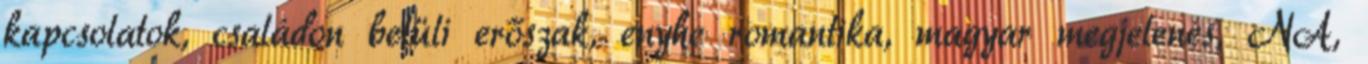
kapcsolatok, családon belüli erőszak, enyhe romantika, magyar megjelenés, NA,